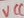
Text: VCC